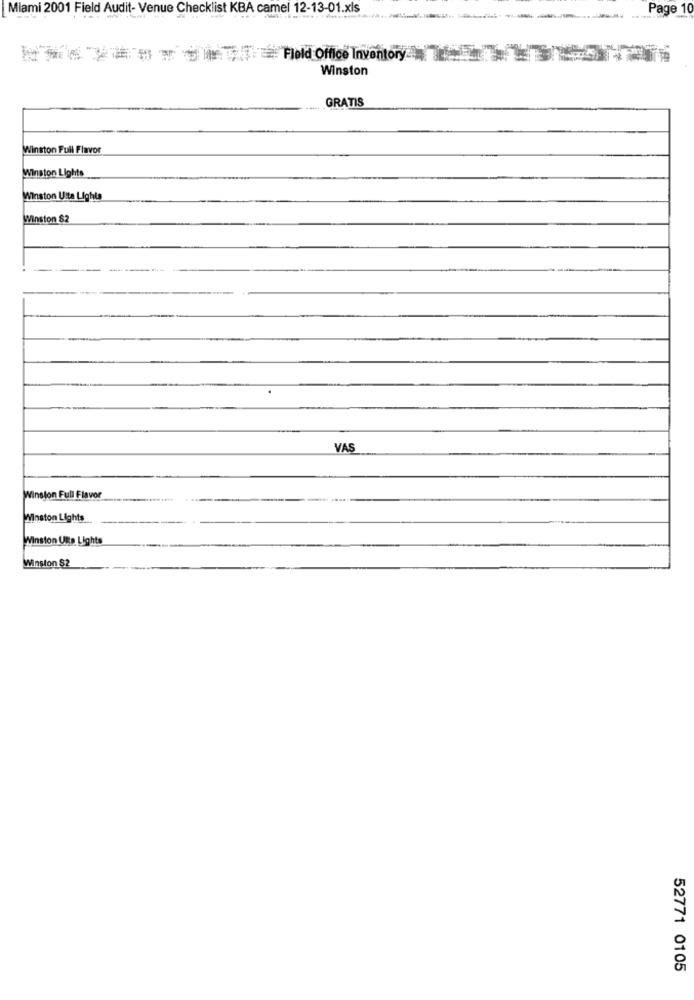
Miami 2001 Field Audit- Venue Checklist KBA camel 12-13-01.xls
Page 1
MSFeld Office Inventory
Winston
GRATIS
Winston Full Flavor
Winston Lights
Winston Uita Lights
Winston 82
VAS
Winston Full Flavor
Winston Lights
Winston Ulta Lights
Winston $2
52771 0105